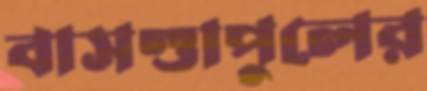
বাসণ্ডাপুলের